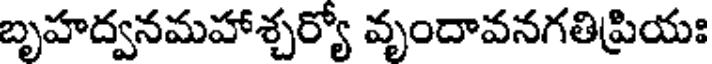
బృహద్వనమహాశ్చర్యో వృందావనగతిప్రియః